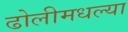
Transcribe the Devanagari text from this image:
ढोलीमधल्या